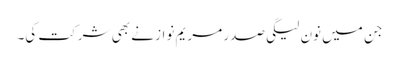
جن میں نون لیگی صدر مریم نواز نے بھی شرکت کی۔